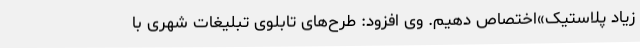
زیاد پلاستیک»اختصاص دهیم. وی افزود: طرح‌های تابلوی تبلیغات شهری با